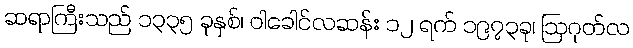
ဆရာကြီးသည် ၁၃၃၅ ခုနှစ်၊ ဝါခေါင်လဆန်း ၁၂ ရက် ၁၉၇၃ခု၊ ဩဂုတ်လ